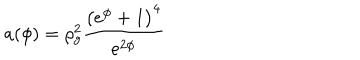
a ( \phi ) = \rho _ { g } ^ { 2 } \frac { \left( e ^ { \phi } + 1 \right) ^ { 4 } } { e ^ { 2 \phi } }